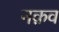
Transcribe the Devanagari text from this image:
नक़व